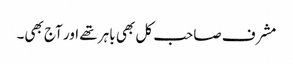
مشرف صاحب کل بھی باہر تھے اور آج بھی۔